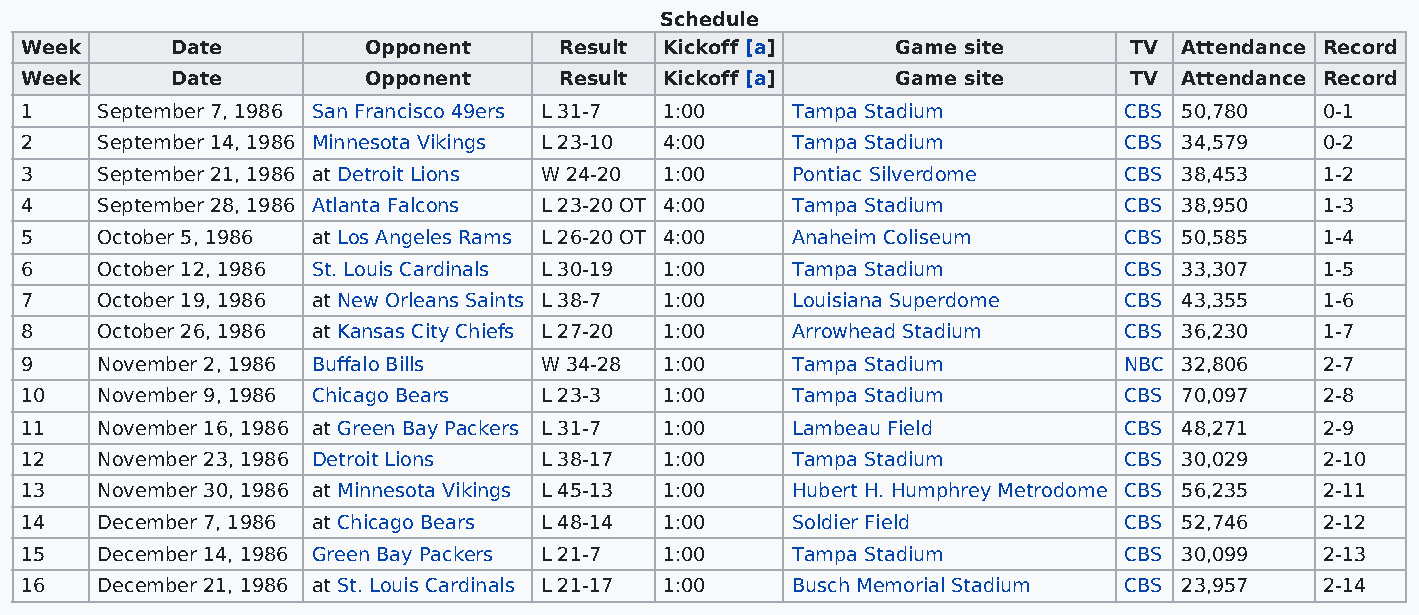
Schedule
 Week      Date         Opponent     Result Kickoff [a]    Game site       TV Attendance Record
 Week      Date         Opponent     Result Kickoff [a]    Game site       TV Attendance Record
 1    September 7, 1986 San Francisco 49ers L 31-7 1:00 Tampa Stadium     CBS 50,780    0-1
 2    September 14, 1986 Minnesota Vikings L 23-10 4:00 Tampa Stadium     CBS 34,579    0-2
 3    September 21, 1986 at Detroit Lions W 24-20 1:00 Pontiac Silverdome CBS 38,453    1-2
 4    September 28, 1986 Atlanta Falcons L 23-20 OT 4:00 Tampa Stadium    CBS 38,950    1-3
 5    October 5, 1986 at Los Angeles Rams L 26-20 OT 4:00 Anaheim Coliseum CBS 50,585   1-4
 6    October 12, 1986 St. Louis Cardinals L 30-19 1:00 Tampa Stadium     CBS 33,307    1-5
 7    October 19, 1986 at New Orleans Saints L 38-7 1:00 Louisiana Superdome CBS 43,355 1-6
 8    October 26, 1986 at Kansas City Chiefs L 27-20 1:00 Arrowhead Stadium CBS 36,230  1-7
 9    November 2, 1986 Buffalo Bills W 34-28 1:00   Tampa Stadium         NBC 32,806    2-7
 10   November 9, 1986 Chicago Bears L 23-3 1:00    Tampa Stadium         CBS 70,097    2-8
 11   November 16, 1986 at Green Bay Packers L 31-7 1:00 Lambeau Field    CBS 48,271    2-9
 12   November 23, 1986 Detroit Lions L 38-17 1:00  Tampa Stadium         CBS 30,029    2-10
 13   November 30, 1986 at Minnesota Vikings L 45-13 1:00 Hubert H. Humphrey Metrodome CBS 56,235 2-11
 14   December 7, 1986 at Chicago Bears L 48-14 1:00 Soldier Field        CBS 52,746    2-12
 15   December 14, 1986 Green Bay Packers L 21-7 1:00 Tampa Stadium       CBS 30,099    2-13
 16   December 21, 1986 at St. Louis Cardinals L 21-17 1:00 Busch Memorial Stadium CBS 23,957 2-14